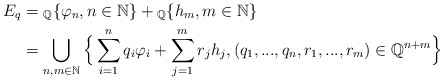
\begin{align*}E_q &= {_\mathbb{Q}}\{\varphi_n, n \in \mathbb{N}\} + {_\mathbb{Q}}\{h_m, m \in \mathbb{N}\} \\&= \bigcup_{n,m \in \mathbb{N}}\Big\{\sum_{i=1}^nq_i\varphi_i + \sum_{j=1}^m r_j h_j, (q_1,...,q_n,r_1,...,r_m)\in \mathbb{Q}^{n+m}\Big\} \end{align*}